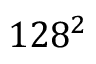
1 2 8 ^ { 2 }